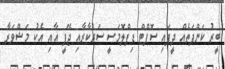
ބީރު ކަންފަތެއް ދީފައި ސޮފްޓް ޑިޕްލޮމަސީ ސަރުކާރާއި ޖޭޕީ އާއި އެކު މަޝްވަރާ